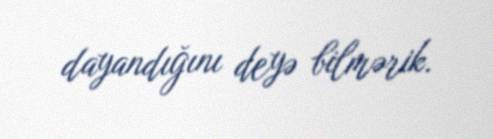
dayandığını deyə bilmərik.